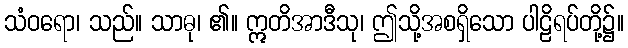
သံဝရော၊ သည်။ သာဓု၊ ၏။ ဣတိအာဒီသု၊ ဤသို့အစရှိသော ပါဠိရပ်တို့၌။